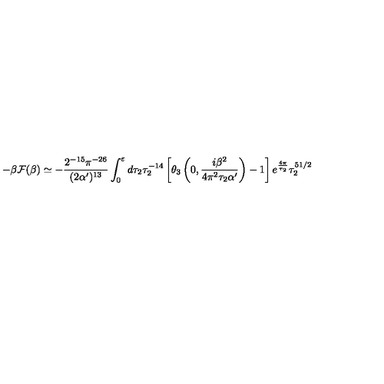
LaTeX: - \beta { \cal F } ( \beta ) \simeq - \frac { 2 ^ { - 1 5 } \pi ^ { - 2 6 } } { ( 2 \alpha ^ { \prime } ) ^ { 1 3 } } \int _ { 0 } ^ { \varepsilon } d \tau _ { 2 } \tau _ { 2 } ^ { - 1 4 } \left[ \theta _ { 3 } \left( 0 , \frac { i \beta ^ { 2 } } { 4 \pi ^ { 2 } \tau _ { 2 } \alpha ^ { \prime } } \right) - 1 \right] e ^ { \frac { 4 \pi } { \tau _ { 2 } } } \tau _ { 2 } ^ { 5 1 / 2 }